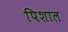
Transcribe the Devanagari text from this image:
पिशाल